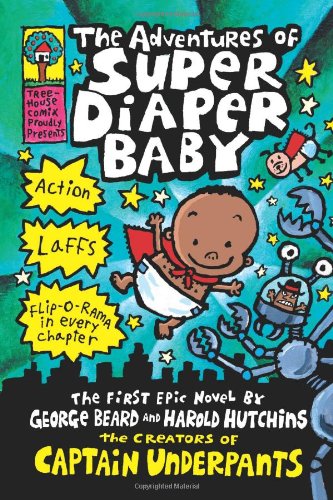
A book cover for The Adventures of Super Diaper Baby; Dav Pilkey; Children's Books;